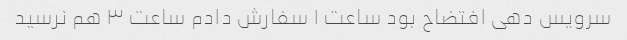
سرویس دهی افتضاح بود ساعت ۱ سفارش دادم ساعت ۳ هم نرسید